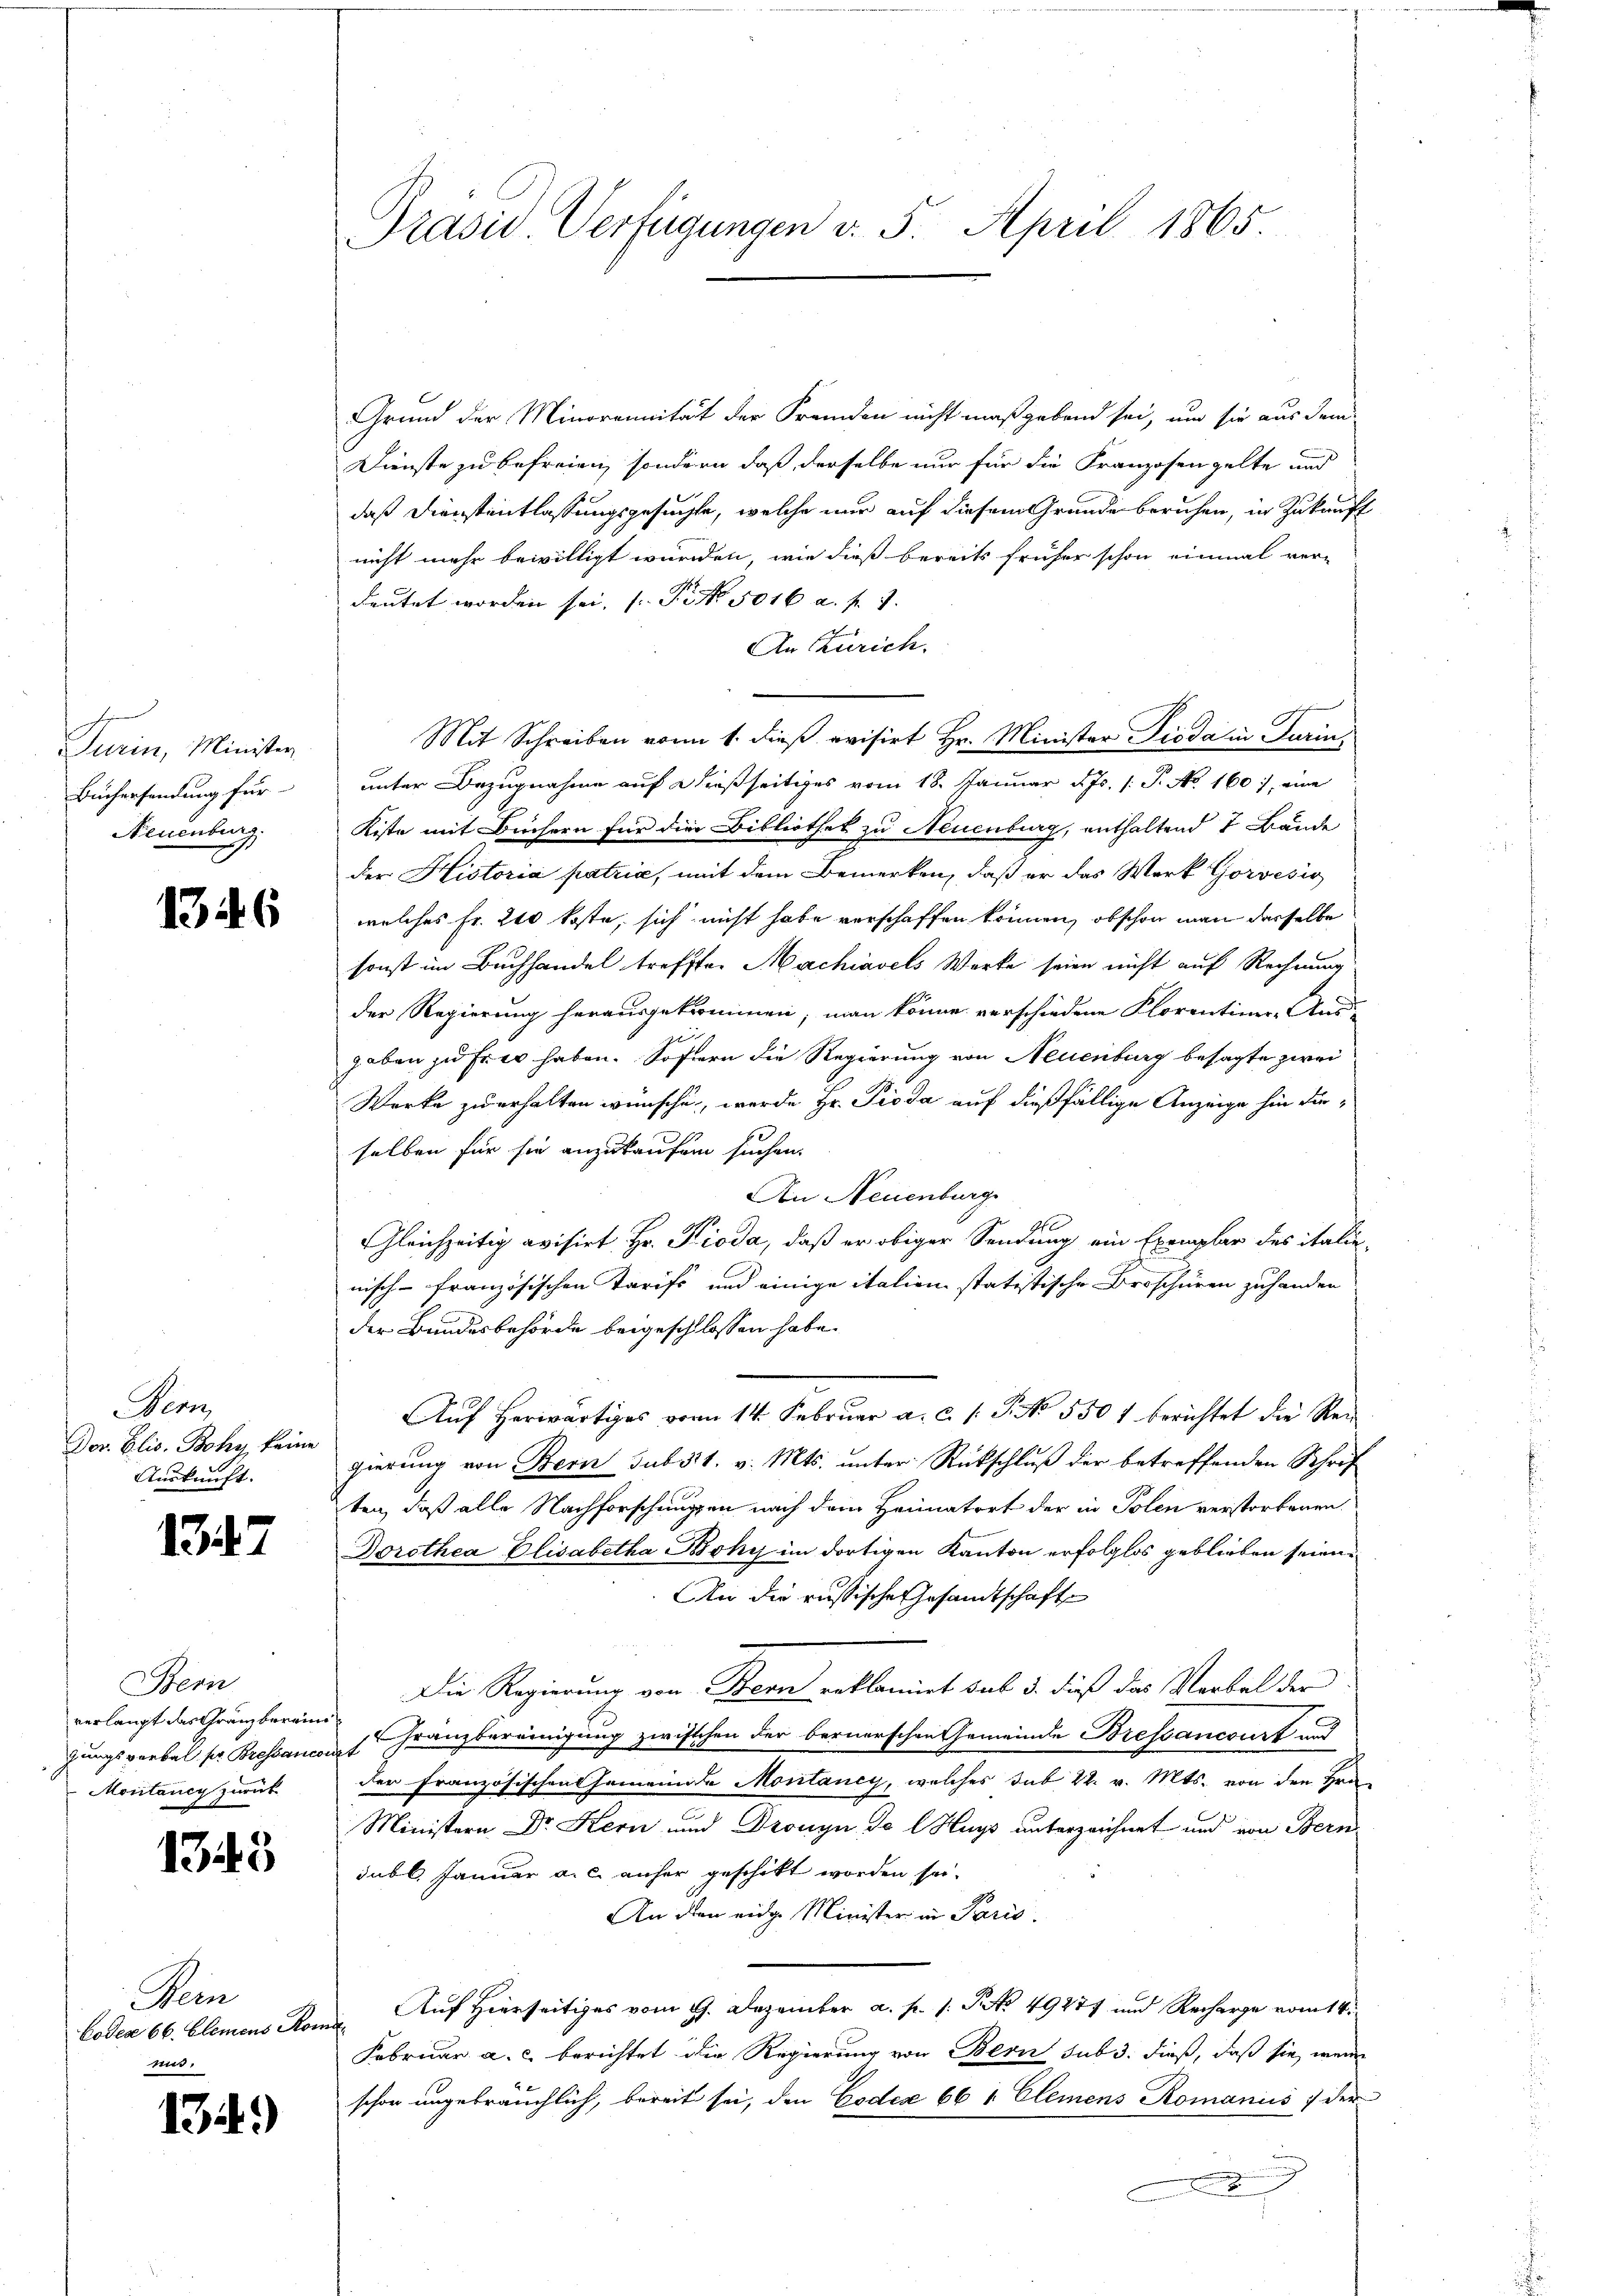
Turin, Minister
Büchersendung für
Neuenburg.

1346

ern
Dor. Elis. Bohy, keine
Auskunft.

1347

Bern
gungsverbal pr Bressancor
Montaney zurück

1343

Wein
boden 66. Elemens Roma
i.

134.)

Präsid. Verfügungen v. 5. April 1865

Grund der Minorennität der Fremden nicht maßgebend sei, um sie aus dem
Dienste zu befreien, sondern, daß derselbe nur für die Franzosengelte und
daß Dienstentlassungsgesuchte, welche nur auf diesem Grunde beruhen, in Zukauft
nicht mehr bewilligt wurden, wie dieß bereits früher schon einmal ver-
deutet worden sei. (: P. Nr. 5016 a. f. 1.
An Zürich.
Mit Schreiben vom 1. dieß evisirt Hr. Minister Pioda in Turin,
unter Bezugnahme auf dießseitiges vom 18. Januar d. Js. (T. No. 160, eine
Kiste mit Büchern für die Bibliothek zu Neuenburg, enthaltend 7 Bände
der Historia patria, mit dem Bemerken, daß er das Werk Gorvesis
welches Fr. 200 koste, sich nicht habe verschaffen können, obschon man derselbe
sonst im Buchhandel trefften Machiavels Werke seien nicht auf Rechnung
der Regierung herausgekommen; man könne verschiedene Florentiner-Aus-
gaben zu Er er haben. Sofern die Regierung von Neuenburg besagte zwei
Werke zu erhalten wünsche, werde Hr. Pioda auf dießfällige Anzeige hin dieselben für sie anzukaufen suchen.
An Neuenburg
Pfl
Gleichzeitig avisirt Hr. Pioda, daß er obiger Sendung ein Exemplar des italie
nisch-französischen Tarifs und einige italien statistische Broschüren zuhanden
der Bundesbehörde beigeschlossen habe.
Auf herwärtiges vom 14. Februar a. c. s. S. No. 5301 berichtet die Rei
gierŭng von Bern sub 31. v. Mts. ŭnter Rückschlŭβ der betreffenden Schrif
ten, daß alle Nachforschungen nach dem Heimatort der in Polen verstorbenen
Dorothea Elisabetha Böhy im dortigen Kanton erfolglos geblieben seien.
An die russische Gesandtschafte
Die Regierung von Bern erkläret sub 3. dieß das Verbal der
verlangt das Gränzberaus, Gränzbereinigung zwischen der bernerschen Gemeinde Bressancourt und
et
der Französischen Gemeinde Montaney, welches sub 22. v. Mts. von den Hrn.
Ministern Dr Kern und Dronyn, da lHuys unterzeichnet und von Bern
dubl. Januar a. c. anher geschikt worden sei.
An den eidge Minister in Paris.
Auf Hierseitiges vom 17. Dezember a. p. 1. P. Nr. 49277 und Recharge vom 14.
Februar a. c. berichtet die Regierung von Bern sub 3. dieß, daß sie, wenn
schon ungebräuchlich, bereit sei, den Codex 66 " Clemens Romanus 7 der